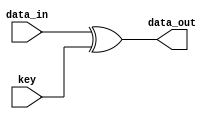

module  Add_round_key  (data_in ,key,data_out );
  input [0:127] data_in,key;
  output[0:127] data_out;
  
  assign data_out = data_in^key ;
endmodule